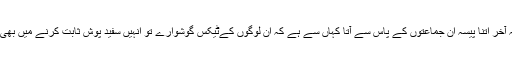
سوال یہ پیدا ہوتا کہ آخر اتنا پیسہ ان جماعتوں کے پاس سے آتا کہاں سے ہے کہ ان لوگوں کےٹیکس گوشوارے تو اُنہیں سفید پوش ثابت کرنے میں بھی ناکام ہو جاتے ہیں۔